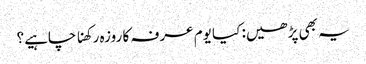
یہ بھی پڑھیں: کیا یوم عرفہ کا روزہ رکھنا چاہیے؟